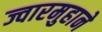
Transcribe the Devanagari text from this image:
ज्वारमुहाने